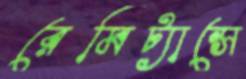
রেমিট্যান্সে